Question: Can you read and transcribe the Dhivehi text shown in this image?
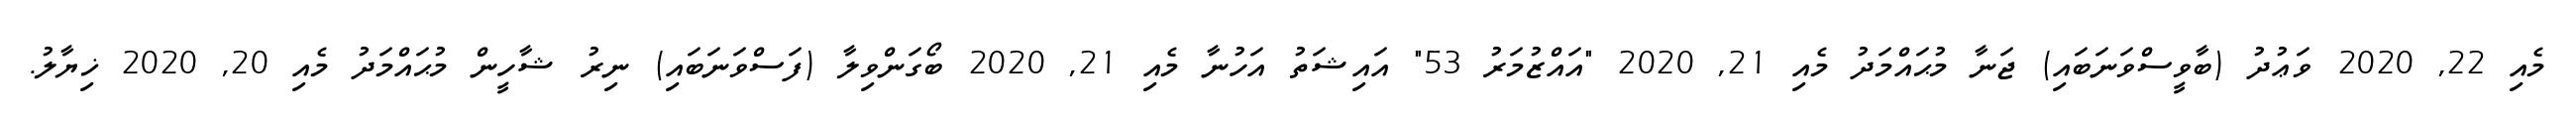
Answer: މެއި 22, 2020 ވަޢުދު (ބާވީސްވަނަބައި) ޖަނާ މުޙައްމަދު މެއި 21, 2020 "އައްޒުމަރު 53" އައިޝަތު އަހުނާ މެއި 21, 2020 ބޯގަންވިލާ (ފަސްވަނަބައި) ނިރު ޝާހީން މުޙައްމަދު މެއި 20, 2020 ޚިޔާލު.